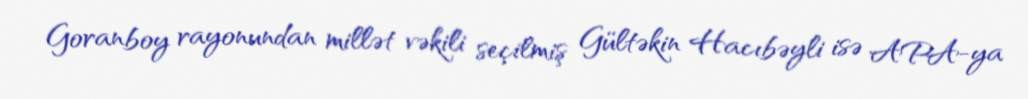
Goranboy rayonundan millət vəkili seçilmiş Gültəkin Hacıbəyli isə APA-ya